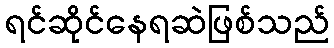
ရင်ဆိုင်နေရဆဲဖြစ်သည်